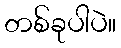
တစ်ခုပါပဲ။